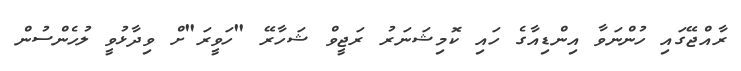
ރާއްޖޭގައި ހުންނަވާ އިންޑިއާގެ ހައި ކޮމިޝަނަރު ރަޖީވް ޝަހާރޭ "ހަވީރަ"ށް ވިދާޅުވީ ލުހެންސުން